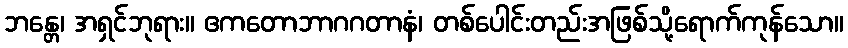
ဘန္တေ၊ အရှင်ဘုရား။ ဧကတောဘာဂဂတာနံ၊ တစ်ပေါင်းတည်းအဖြစ်သို့ရောက်ကုန်သော။